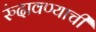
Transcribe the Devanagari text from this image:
रुंदावण्याची